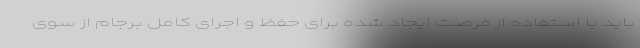
باید با استفاده از فرصت ایجاد شده برای حفظ و اجرای کامل برجام از سوی